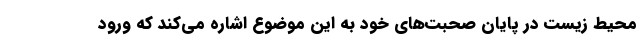
محیط زیست در پایان صحبت‌های خود به این موضوع اشاره می‌کند که ورود